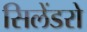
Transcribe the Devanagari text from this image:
सिलेंडरो